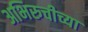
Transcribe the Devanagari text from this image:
अभिरुचीच्या